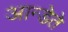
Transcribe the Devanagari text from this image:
आन्डेते